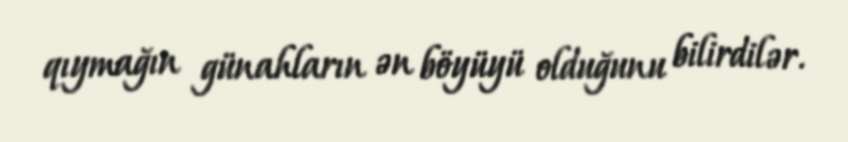
qıymağın günahların ən böyüyü olduğunu bilirdilər.